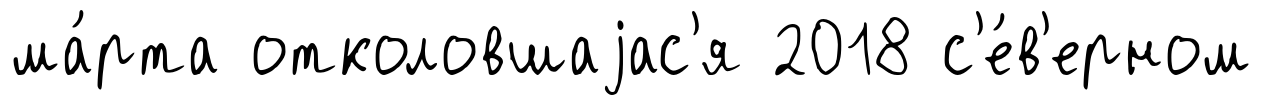
ма́рта отколовшаjас'я 2018 с'е́в'ерном